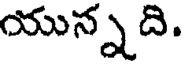
యున్నది.